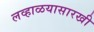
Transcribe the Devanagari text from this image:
लव्हाळयासारखी